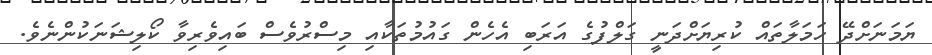
ޔަމަނަށްދޭ ހަމަލާތައް ކުރިޔަށްދަނީ ގަލްފުގެ އަރަބި އެހެން ގައުމުތަކާއި މިސްރުވެސް ބައިވެރިވާ ކޯލިޝަނަކުންނެވެ.